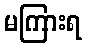
မကြားရ